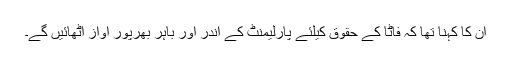
ان کا کہنا تھا کہ فاٹا کے حقوق کیلئے پارلیمنٹ کے اندر اور باہر بھرپور آواز اٹھائیں گے۔